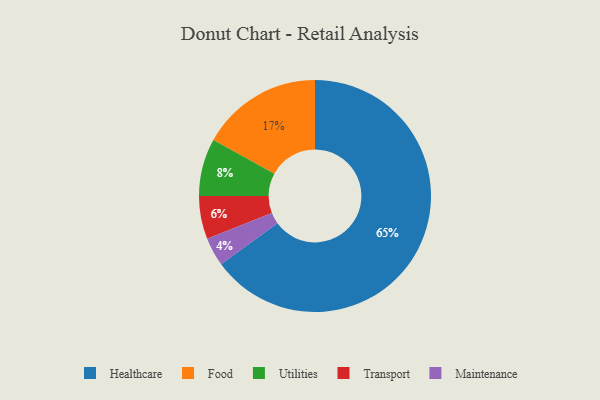
{"axis": {"x": "Category", "y": "Percentage"}, "legend": ["Food", "Healthcare", "Maintenance", "Transport", "Utilities"], "data": [{"x": "Food", "y": 17, "type": "Food"}, {"x": "Utilities", "y": 8, "type": "Utilities"}, {"x": "Maintenance", "y": 4, "type": "Maintenance"}, {"x": "Transport", "y": 6, "type": "Transport"}, {"x": "Healthcare", "y": 65, "type": "Healthcare"}]}